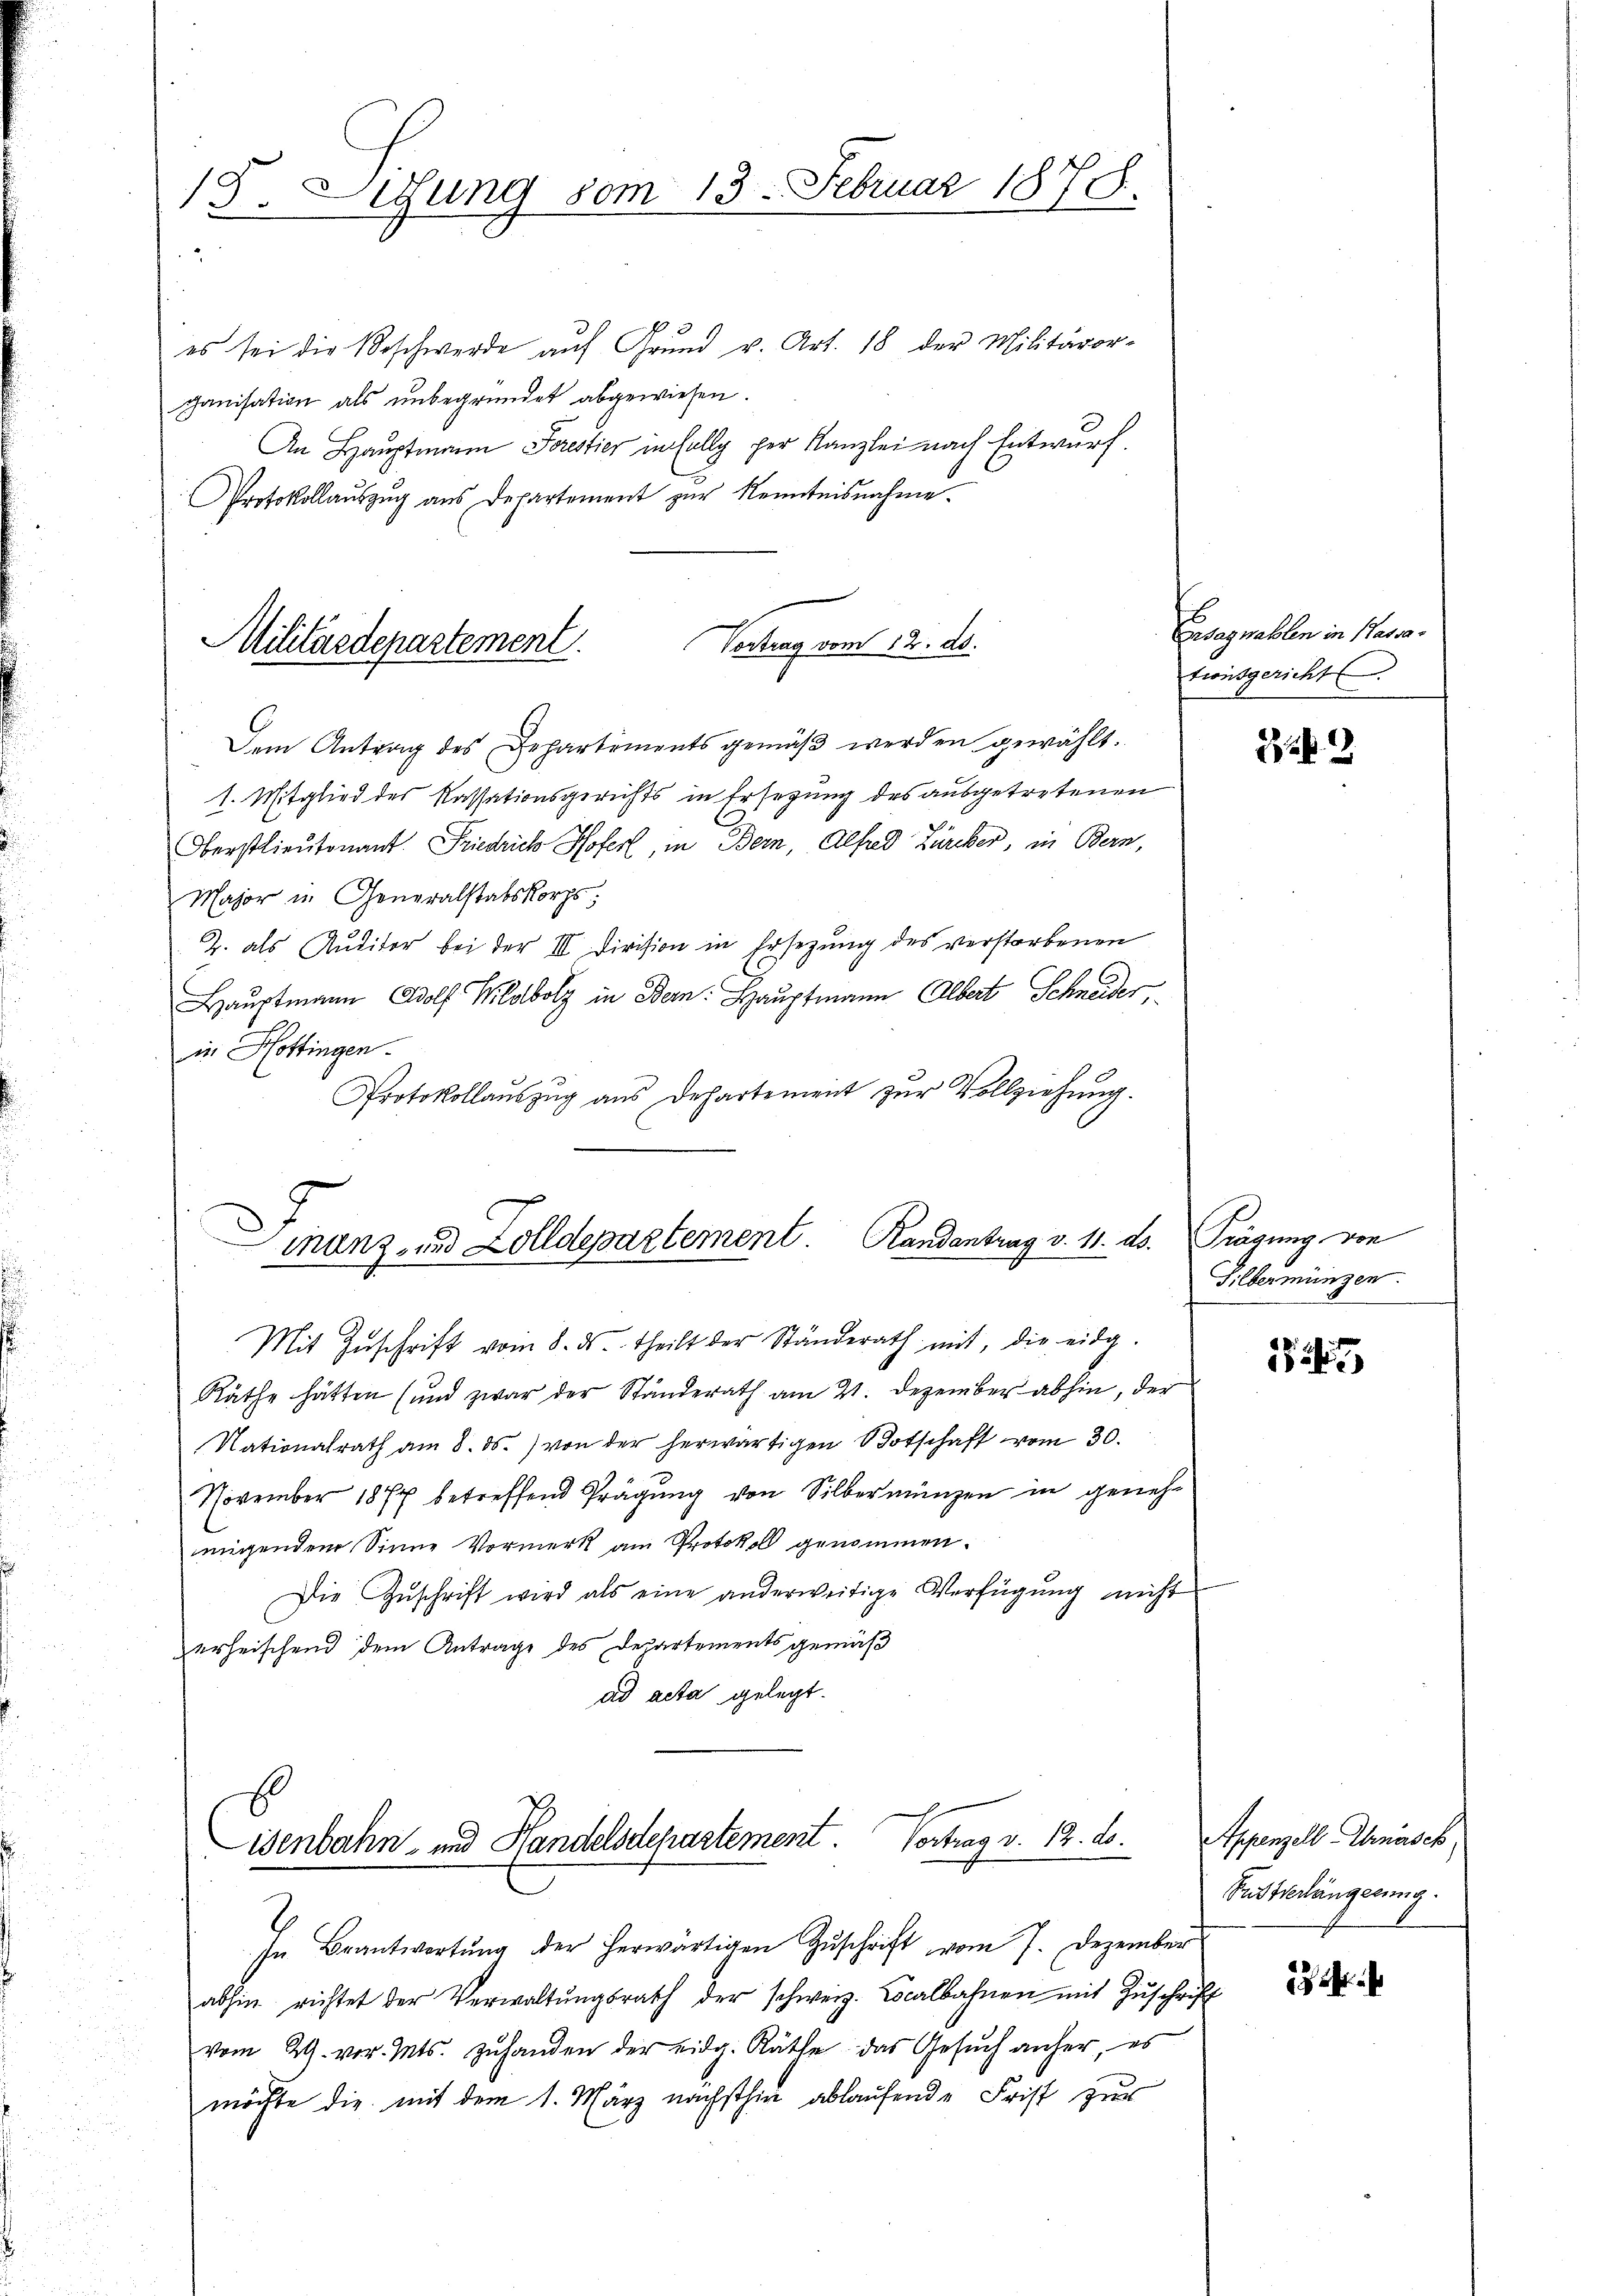
15. Lesung vom 13. Februar 1878.

es sei die Beschwerde auf Grund v. Art. 18 der Militäror-
ganisation als unbegründet abgewiesen.
An Hauptmann Sorestier in solly per Kanzlei nach Entwurf.
Protokollauszug aus Departement zur Kenntnisnahme.

Vertrag vom 12. ds.
Militärdepartement.

Dem Antrag des Departementsgemäβ werden gewählt.
1. Mitglied des Kassationsgerichts in Ersezung des ausgetretenen
Oberstlieutenant. Friedrich Hofer, in Bern, Alfred Zürcker, in Bern,
Major in Generalstabskorps:
Z. als Auditor bei der III Division in Ersezung des verstorbenen
Hauptmann Adolf Wildbolz in Bern: Hauptmann Albert Schneider
in Hottingen.
Protokollaŭszŭg ans Departement zŭr Vollziehŭng.
Finanz- und Zolldepartement Randantrag v. 11. ds. Trägung von
Mit Zŭschrift vom 8. ds. theilt der Ständerath mit, die eidg.
Räthe hätten (und zwar der Ständerath am 21. Dezember abhin, der
Nationalrath am 8. ds. von der herwärtigen Botschaft vom 30.
November 1874 betreffend Prägung von Silbermünzen in genehmigendem Sinne Vormerk am Protokoll genommen.
Die Zŭschrift wird als eine anderweitige Verfügŭng nicht
erheischend dem Antrage des Departements gemäß
ad acta gelegt.

isenbahn- und Handelsdepartement. Vertrag v. 12. ds.

In Beantwortŭng der herwärtigen Zŭschrift vom 7. Dezember
abhin richtet der Verwaltŭngsrath der schweiz. Localbahnen mit Zŭschrift
vom 29. vor. Mts. zŭ handen der eidg. Räthe das Gesŭch anher, es
möchte die mit dem 1. März nächsthin ablaufende Frist zur

Essegnahlen in Passationsgericht

2

Silbermünzen.

1824

Appenzell Arnasch
Sudtverlängerung.